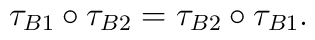
\tau_{B1}\circ \tau_{B2}=\tau_{B2}\circ \tau_{B1}.